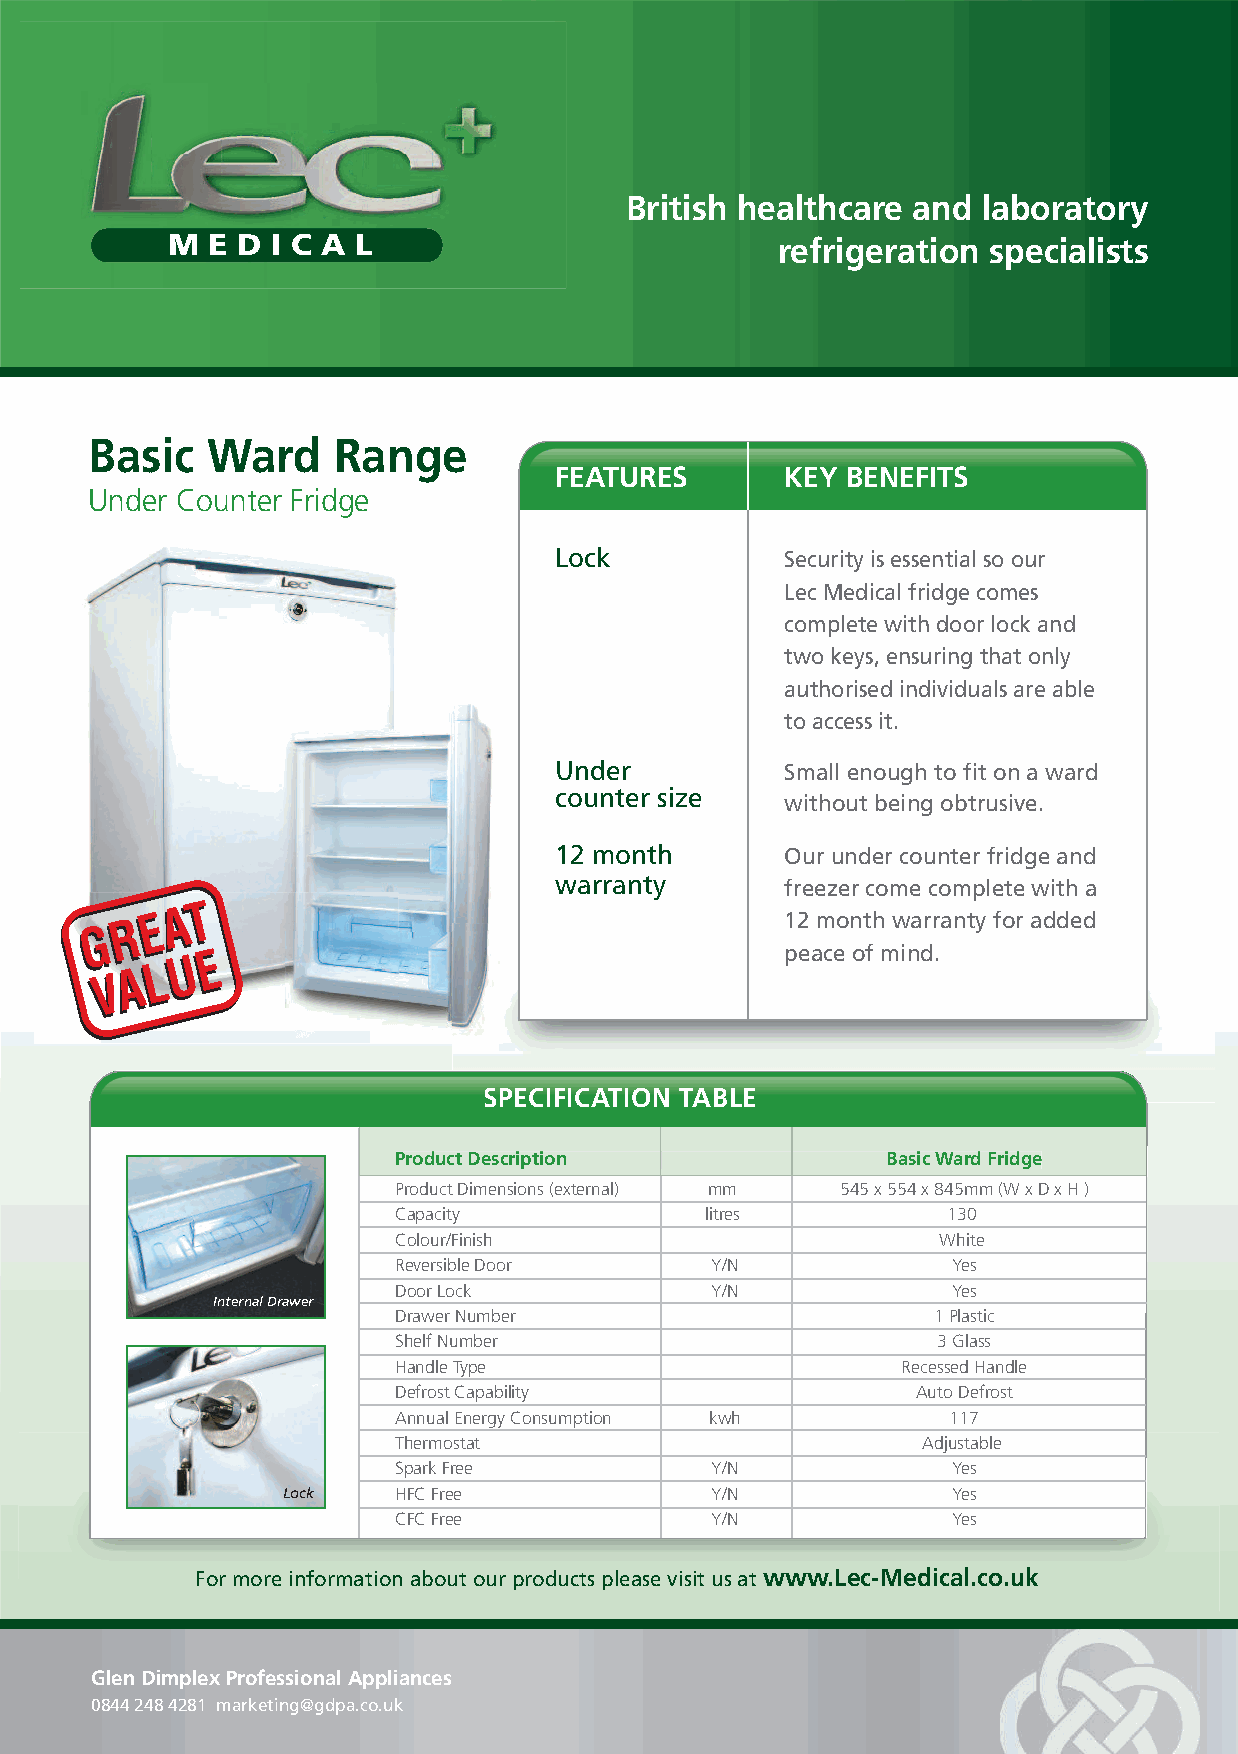
British healthcare and laboratory
 MM EE DD II CC AA LL                     refrigeration specialists
 Basic   Ward    Range
 FEATURES       KEY BENEFITS
 Under Counter Fridge
 Lock           Security is essential so our
 Lec Medical fridge comes
 complete with door lock and
 two keys, ensuring that only
 authorised individuals are able
 to access it.
 Under          Small enough to fit on a ward
 counter size
 without being obtrusive.
 12 month       Our under counter fridge and
 warranty       freezer come complete with a
 12 month warranty for added
 peace of mind.
 SPECIFICATION TABLE
 PPrroodduucctt DDeessccrriippttiioonn BBaassiicc WWaarrdd FFrriiddggee
 Product Dimensions (external) mm 545 x 554 x 845mm (W x D x H )
 Capacity             litres          130
 Colour/Finish                       White
 Reversible Door      Y/N             Yes
 Door Lock            Y/N             Yes
 Internal Drawer
 Drawer Number                       1 Plastic
 Shelf Number                        3 Glass
 Handle Type                       Recessed Handle
 Defrost Capability                 Auto Defrost
 Annual Energy Consumption kwh        117
 Thermostat                         Adjustable
 Spark Free           Y/N             Yes
 Lock   HFC Free             Y/N             Yes
 CFC Free             Y/N             Yes
 For more information about our products please visit us at www.Lec-Medical.co.uk
 Glen Dimplex Professional Appliances
 0844 248 4281 marketing@gdpa.co.uk